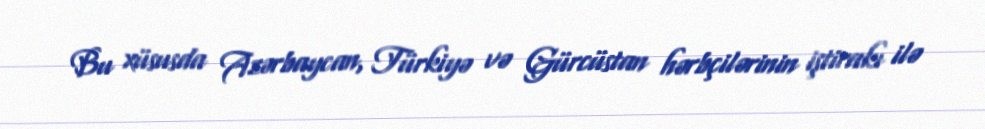
Bu xüsusda Azərbaycan, Türkiyə və Gürcüstan hərbçilərinin iştirakı ilə